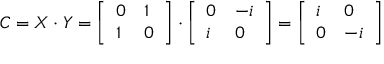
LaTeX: C = X \cdot Y = { \left[ \begin{array} { l l } { 0 } & { 1 } \\ { 1 } & { 0 } \end{array} \right] } \cdot { \left[ \begin{array} { l l } { 0 } & { - i } \\ { i } & { 0 } \end{array} \right] } = { \left[ \begin{array} { l l } { i } & { 0 } \\ { 0 } & { - i } \end{array} \right] }